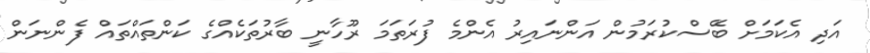
އަދި އެކަމަށް ބޭސްކުރަމުން އަންނައިރު އެންމެ ފުރަތަމަ ރޫހާނީ ބާރުތަކެއްގެ ކަންތައްތައް ފެންނަން